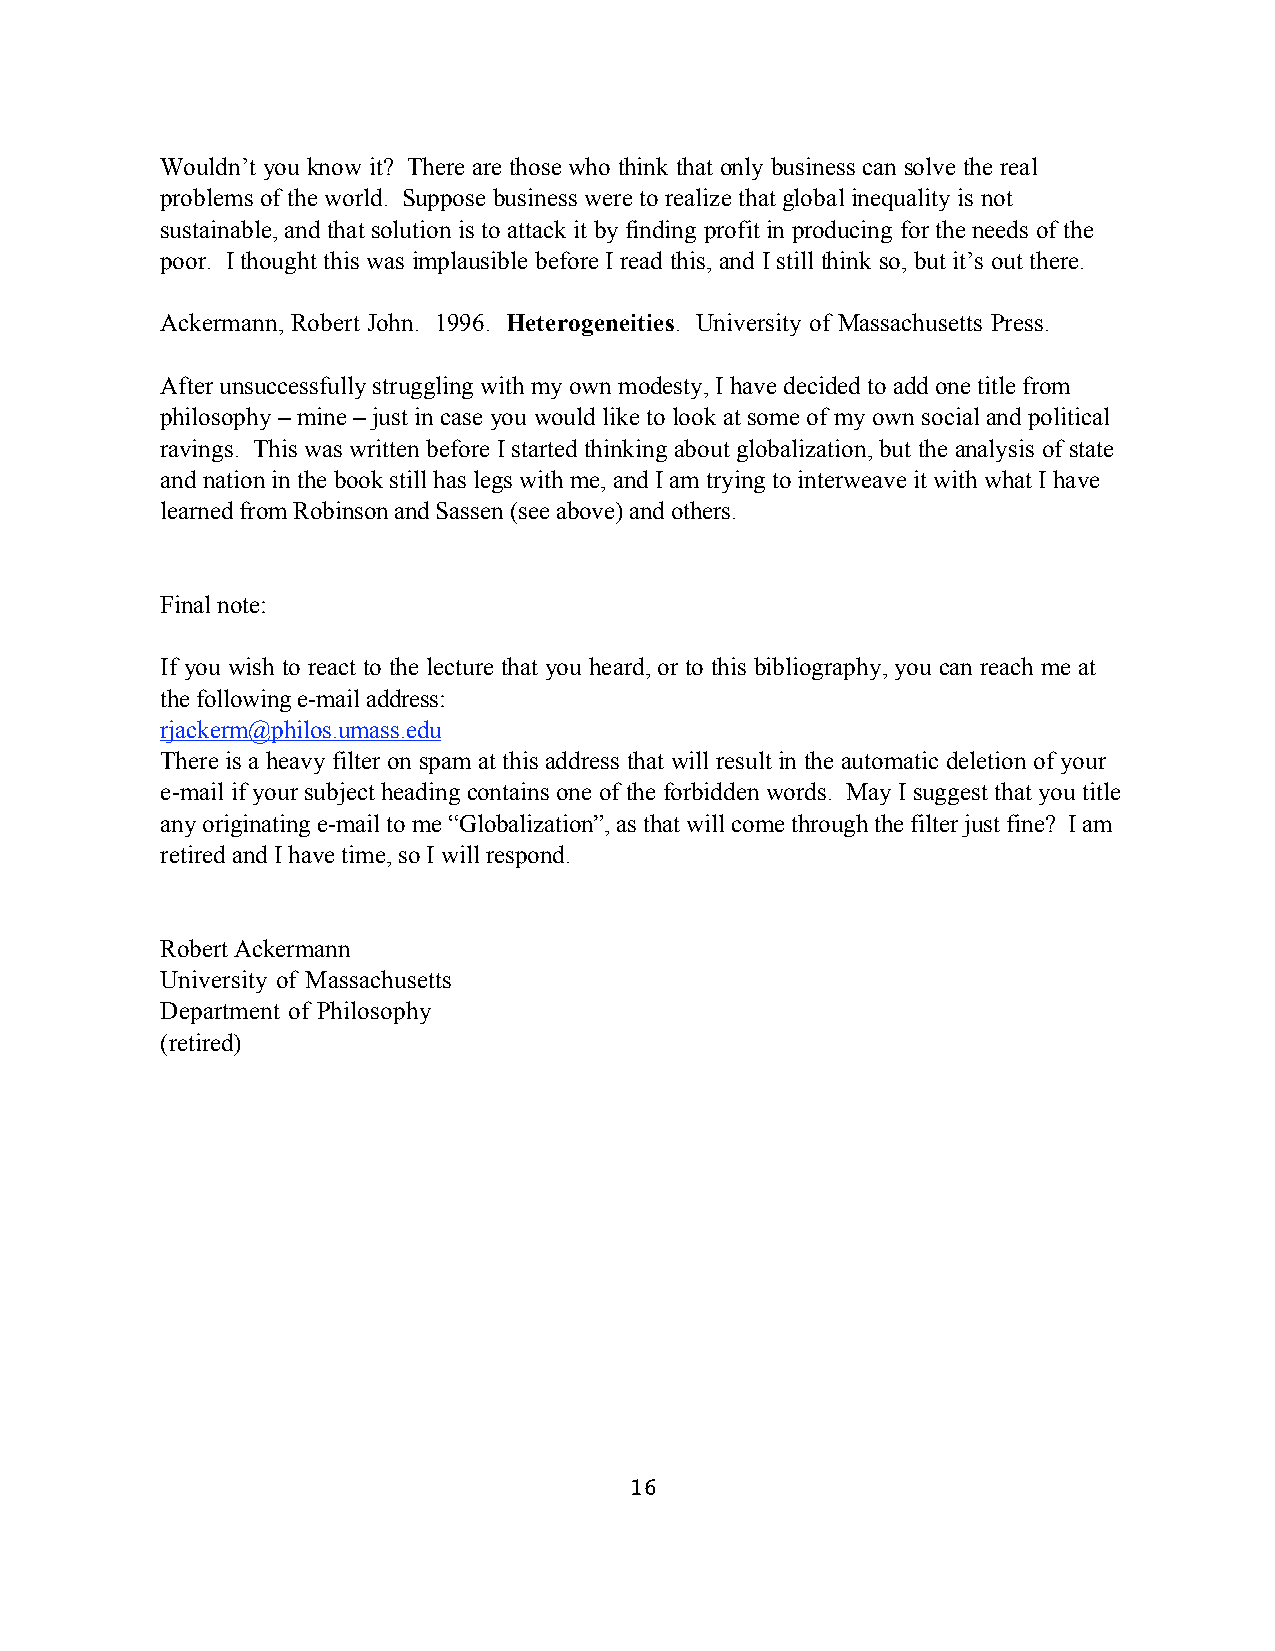
Wouldn’t you know it? There are those who think that only business can solve the real
 problems of the world. Suppose business were to realize that global inequality is not
 sustainable, and that solution is to attack it by finding profit in producing for the needs of the
 poor. I thought this was implausible before I read this, and I still think so, but it’s out there.
 Ackermann, Robert John. 1996. Heterogeneities. University of Massachusetts Press.
 After unsuccessfully struggling with my own modesty, I have decided to add one title from
 philosophy – mine – just in case you would like to look at some of my own social and political
 ravings. This was written before I started thinking about globalization, but the analysis of state
 and nation in the book still has legs with me, and I am trying to interweave it with what I have
 learned from Robinson and Sassen (see above) and others.
 Final note:
 If you wish to react to the lecture that you heard, or to this bibliography, you can reach me at
 the following e-mail address:
 rjackerm@philos.umass.edu
 There is a heavy filter on spam at this address that will result in the automatic deletion of your
 e-mail if your subject heading contains one of the forbidden words. May I suggest that you title
 any originating e-mail to me “Globalization”, as that will come through the filter just fine? I am
 retired and I have time, so I will respond.
 Robert Ackermann
 University of Massachusetts
 Department of Philosophy
 (retired)
 16